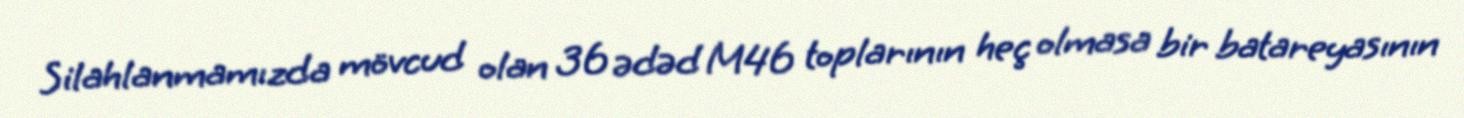
Silahlanmamızda mövcud olan 36 ədəd M46 toplarının heç olmasa bir batareyasının